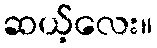
ဆယ့်လေး။